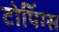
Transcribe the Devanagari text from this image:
टोपिंग्स